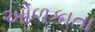
ઓળકાતા